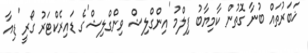
ޚަބަރުތައް ބުނާ ގޮތުން ކާމިޔާބު ފިލްމު 'އިންގްލިޝް ވިންގްލިޝް'ގެ ޑައިރެކްޓަރު ގޯރީ 'ޑިއާ